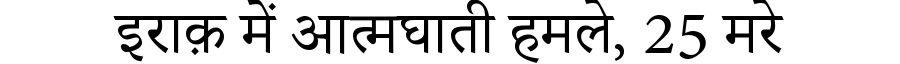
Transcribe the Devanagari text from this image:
इराक़ में आत्मघाती हमले, 25 मरे